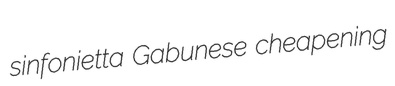
sinfonietta Gabunese cheapening